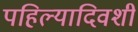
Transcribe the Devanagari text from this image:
पहिल्यादिवशी